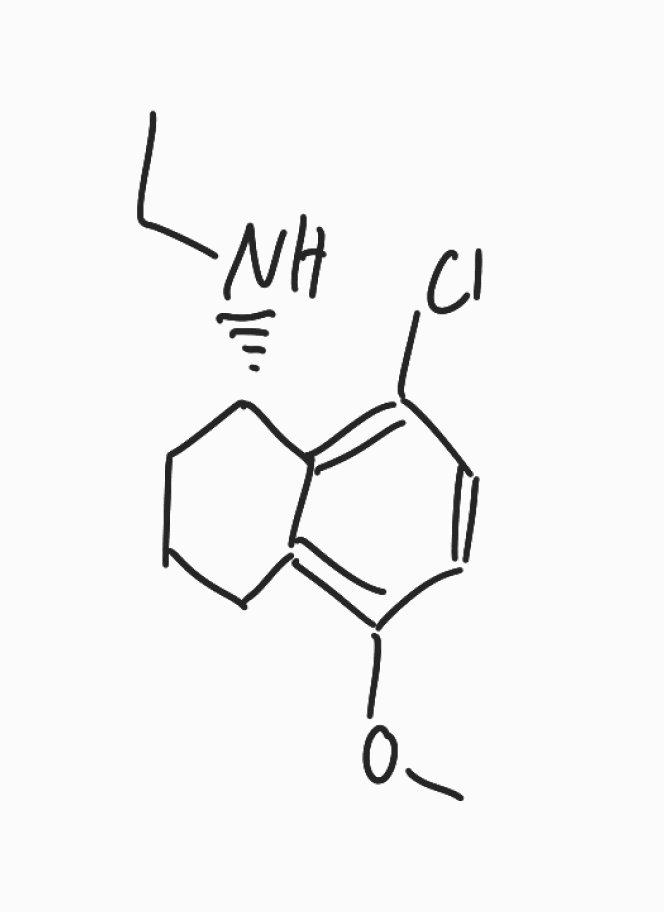
Simplified molecular-input line-entry system (SMILES) notation of the given molecule:
CCN[C@H]1CCCC2=C(C=CC(=C12)Cl)OC